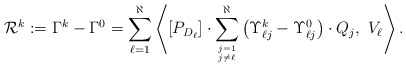
\begin{align*}\mathcal{R}^k:=\Gamma^k-\Gamma^0=\sum_{\ell = 1}^\aleph\left\langle[P_{D_\ell}]\cdot\sum_{j=1 \atop j \neq \ell}^\aleph\left(\Upsilon_{\ell j}^k-\Upsilon_{\ell j}^0\right)\cdot Q_j, \ V_\ell\right\rangle.\end{align*}